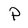
Character: P